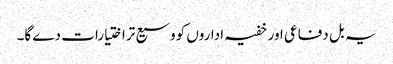
یہ بل دفاعی اور خفیہ اداروں کووسیع تراختیارات دے گا۔